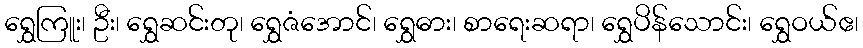
ရွှေကြူး၊ ဦး၊ ရွှေဆင်းတု၊ ရွှေဇံအောင်၊ ရွှေဓား၊ စာရေးဆရာ၊ ရွှေပိန်သောင်း၊ ရွှေဝယ်ဧ၊